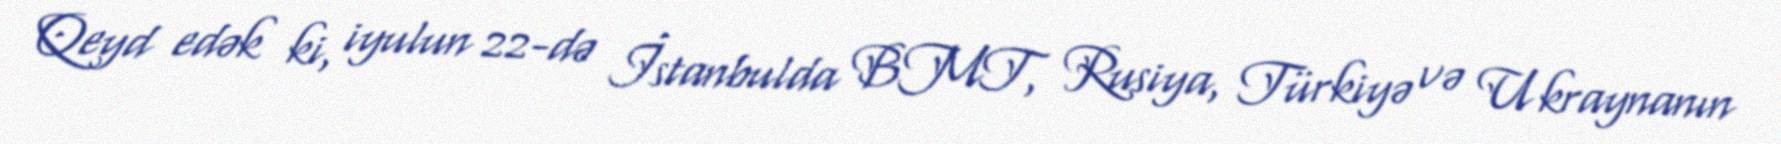
Qeyd edək ki, iyulun 22-də İstanbulda BMT, Rusiya, Türkiyə və Ukraynanın